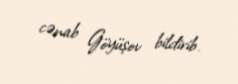
cənab Göyüşov bildirib.